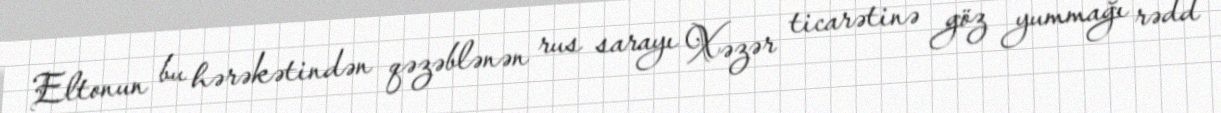
Eltonun bu hərəkətindən qəzəblənən rus sarayı Xəzər ticarətinə göz yummağı rədd